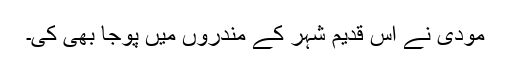
مودی نے اِس قدیم شہر کے مندروں میں پوجا بھی کی۔